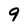
Character: 9